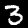
Digit: 3